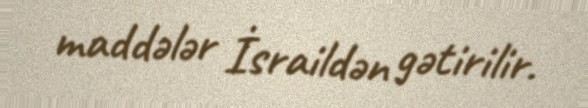
maddələr İsraildən gətirilir.